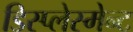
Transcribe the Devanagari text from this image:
डिस्प्लेस्मेन्ट